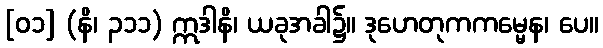
[၀၁] (နိ၊ ၃၁၁) ဣဒါနိ၊ ယခုအခါ၌။ ဒုဟေတုကကမ္မေန၊ ပေ။